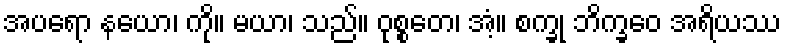
အပရော နယော၊ ကို။ မယာ၊ သည်။ ဝုစ္စတေ၊ အံ့။ စက္ခု ဘိက္ခဝေ အရိယဿ